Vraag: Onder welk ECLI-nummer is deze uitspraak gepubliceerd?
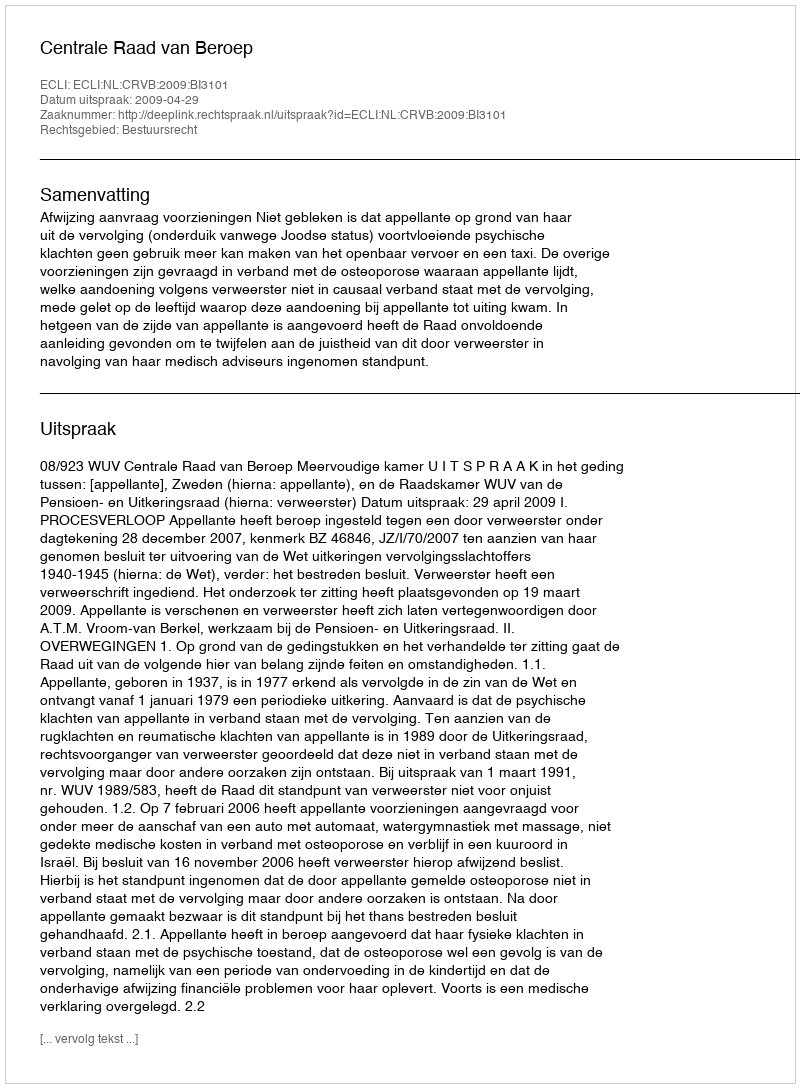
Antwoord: ECLI:NL:CRVB:2009:BI3101